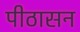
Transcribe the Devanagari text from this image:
पीठासन